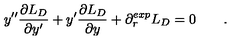
y ^ { \prime \prime } { \frac { \partial L _ { D } } { \partial y ^ { \prime } } } + y ^ { \prime } { \frac { \partial L _ { D } } { \partial y } } + \partial _ { r } ^ { e x p } L _ { D } = 0 \qquad .